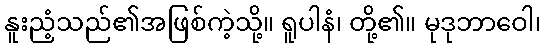
နူးညံ့သည်၏အဖြစ်ကဲ့သို့။ ရူပါနံ၊ တို့၏။ မုဒုဘာဝေါ၊